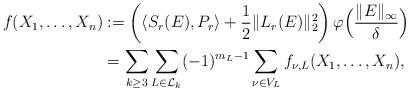
LaTeX: \begin{align*}f(X_1,\dots, X_n)&:=\left(\langle S_r(E), P_r \rangle +\frac{1}{2}\|L_r(E)\|_2^2 \right) \varphi\Bigl(\frac{\|E\|_{\infty}}{\delta}\Bigr)\\&= \sum_{k\geq 3}\sum_{L\in {\cal L}_k}(-1)^{m_L-1}\sum_{\nu\in V_L} f_{\nu,L}(X_1,\dots, X_n),\end{align*}